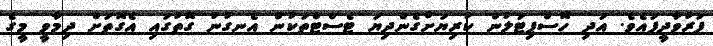
ފަރުވާދީފައެވެ. އަދި ހޮސްޕިޓަލުން ކުރިޔަށްގެންދިޔަ ޓެސްޓްތަކުން އެނގުނު ގޮތުގައި އެގޮތަށް ދިމާވީ މީގެ